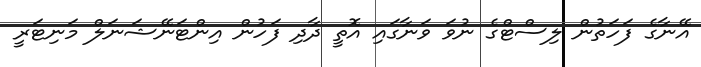
އޭނާގެ ފަހަތުން ލިސްޓްގެ ނުވަ ވަނާގައި އޮތީ ދާދި ފަހުން އިންޓަނޭޝަނަލް މަނިޓަރީ